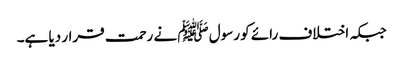
جبکہ اختلاف رائے کو رسول ﷺ نے رحمت قرار دیا ہے۔